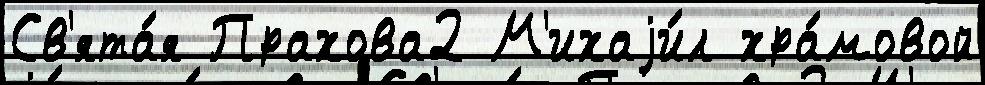
Св'ята́я Прахова2 М'ихаjи́л хра́мовой